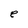
Character: e